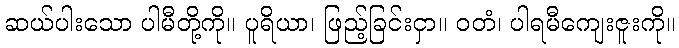
ဆယ်ပါးသော ပါမီတို့ကို။ ပူရိယာ၊ ဖြည့်ခြင်းငှာ။ ဝတံ၊ ပါရမီကျေးဇူးကို။